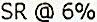
SR @ 6%